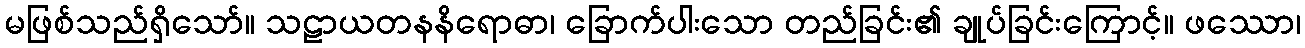
မဖြစ်သည်ရှိသော်။ သဠာယတနနိရောဓာ၊ ခြောက်ပါးသော တည်ခြင်း၏ ချုပ်ခြင်းကြောင့်။ ဖဿော၊